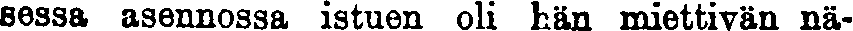
sessa asennossa istuen oli hän miettivän nä-